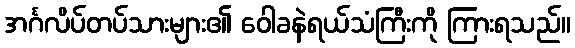
အင်္ဂလိပ်တပ်သားများ၏ ဝေါခနဲရယ်သံကြီးကို ကြားရသည်။